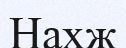
Нахж